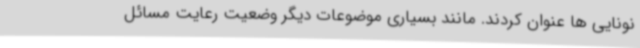
نونایی ها عنوان کردند. مانند بسیاری موضوعات دیگر وضعیت رعایت مسائل